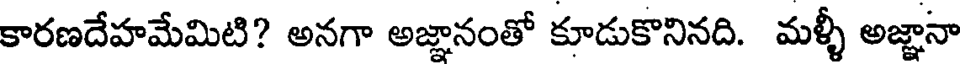
కారణదేహమేమిటి? అనగా అజ్ఞానంతో కూడుకొనినది. మళ్ళీ అజ్ఞానా